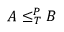
A \leq _ { T } ^ { P } B